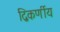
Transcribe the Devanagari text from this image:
द्विकर्णीय